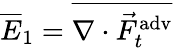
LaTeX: \overline{{E}}_{1}=\overline{{\nabla\cdot\vec{F}_{t}^{\mathrm{adv}}}}